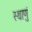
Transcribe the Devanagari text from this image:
स्थाणुं